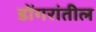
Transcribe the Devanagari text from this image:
डोंगरांतील